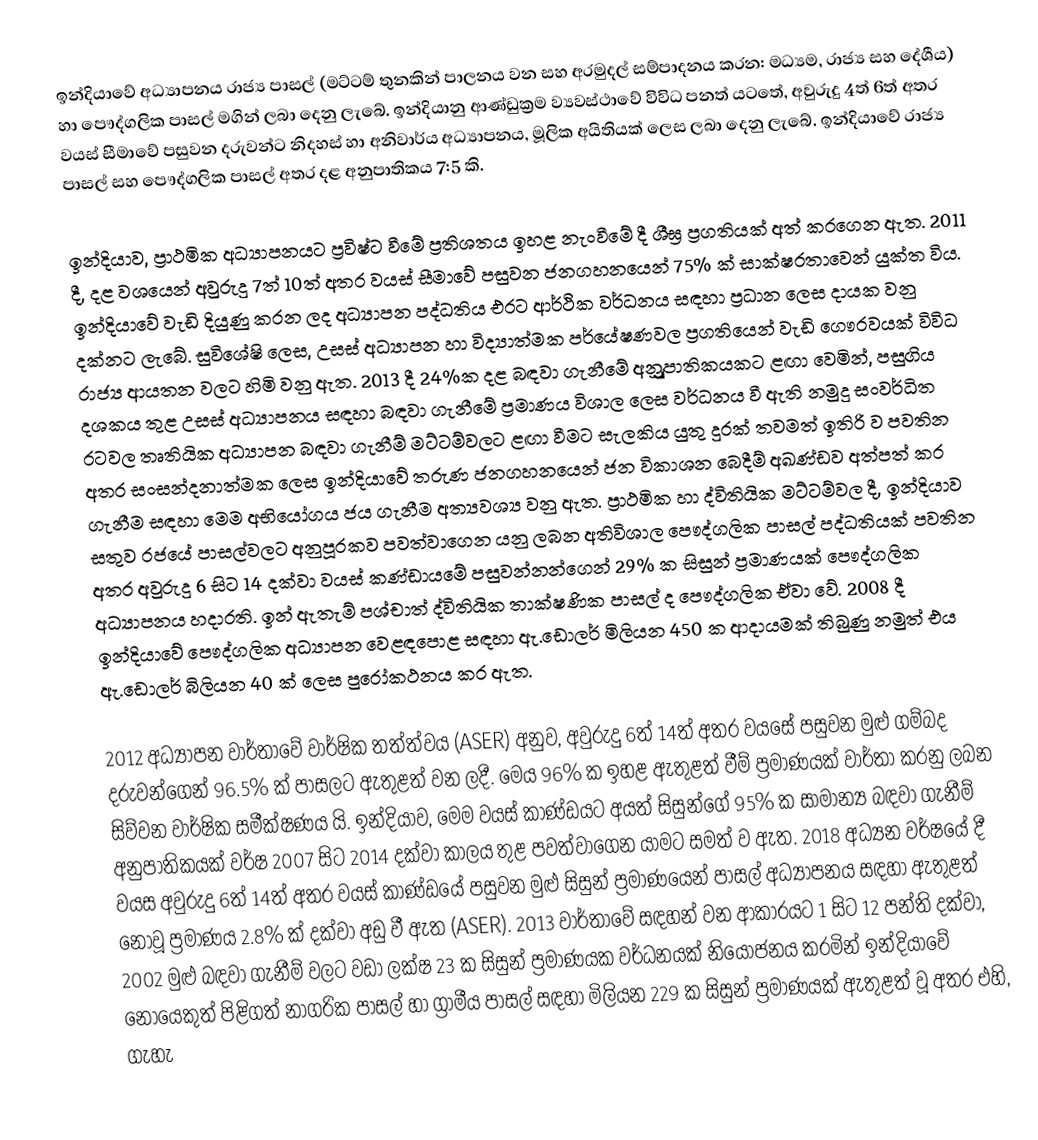
ඉන්දියාවේ අධ්‍යාපනය රාජ්‍ය පාසල් (මට්ටම් තුනකින් පාලනය වන සහ අරමුදල් සම්පාදනය කරන: මධ්‍යම, රාජ්‍ය සහ දේශීය) හා පෞද්ගලික පාසල් මගින් ලබා දෙනු ලැබේ. ඉන්දියානු ආණ්ඩුක්‍රම ව්‍යවස්ථාවේ විවිධ පනත් යටතේ, අවුරුදු 4ත් 6ත් අතර වයස් සීමාවේ පසුවන දරුවන්ට නිදහස් හා අනිවාර්ය අධ්‍යාපනය, මූලික අයිතියක් ලෙස ලබා දෙනු ලැබේ. ඉන්දියාවේ රාජ්‍ය පාසල් සහ පෞද්ගලික පාසල් අතර දළ අනුපාතිකය 7:5 කි.

ඉන්දියාව, ප්‍රාථමික අධ්‍යාපනයට ප්‍රවිෂ්ට වීමේ ප්‍රතිශතය ඉහළ නැංවීමේ දී ශීඝ්‍ර ප්‍රගතියක් අත් කර‍ගෙන ඇත. 2011 දී, දළ වශ‍යෙන් අවුරුදු 7ත් 10ත් අතර වයස් සීමාවේ පසුවන ජනගහන‍යෙන් 75% ක් සාක්ෂරතාවෙන් යුක්ත විය. ඉන්දියාවේ වැඩි දියුණු කරන ලද අධ්‍යාපන පද්ධතිය එරට ආර්ථික වර්ධනය සඳහා ප්‍රධාන ලෙස දායක වනු දක්නට ලැබේ.  සුවිශේෂි ලෙස, උසස් අධ්‍යාපන හා විද්‍යාත්මක පර්යේෂණවල ප්‍රගතියෙන් වැඩි ගෞරවයක් විවිධ රාජ්‍ය ආයතන වලට හිමි‍ වනු ඇත. 2013 දී 24%ක දළ බඳවා ගැනීමේ අනුුුුුුුුුුුුුුුුුුුුුුුුුුුුුපාතිකයකට ළඟා වෙමින්, පසුගිය දශකය තුළ උසස් අධ්‍යාපනය සඳහා බඳවා ගැනීමේ ප්‍රමාණය විශාල ලෙස වර්ධනය වී ඇති නමුදු සංවර්ධිත රටවල තෘතියික අධ්‍යාපන බඳවා ගැනීම් මට්ටම්වලට ළඟා වීමට සැලකිය යුතු දුරක් තවමත් ඉතිරි ව පවතින අතර සංසන්දනාත්මක ලෙස ඉන්දියාවේ තරුණ ජනගහනයෙන් ජන විකාශන බෙදීම් අඛණ්ඩව අත්පත් කර ගැනීම සඳහා මෙම අභියෝගය ජය ගැනීම අත්‍යවශ්‍ය වනු ඇත. ප්‍රාථමික හා ද්විතියික මට්ටම්වල දී, ඉන්දියාව සතුව රජයේ පාසල්වලට අනුපූරකව පවත්වාගෙන යනු ලබන අතිවිශාල පෞද්ගලික පාසල් පද්ධතියක් පවතින අතර අවුරුදු 6 සිට 14 දක්වා වයස් කණ්ඩායමේ පසුවන්නන්ගෙන් 29% ක සිසුන් ප්‍රමාණයක් පෞද්ගලික අධ්‍යාපනය හදාරති. ඉන් ඇතැම් පශ්චාත් ද්විතියික තාක්ෂණික පාසල් ද පෞද්ගලික ඒවා වේ. 2008 දී ඉන්දියාවේ පෞද්ගලික අධ්‍යාපන වෙළඳපොළ සඳහා ඇ.ඩොලර් මිලියන 450 ක ආදායමක් තිබුණු නමුත් එය ඇ.ඩොලර් බිලියන 40 ක් ලෙස පුරෝකථනය කර ඇත.

2012 අධ්‍යාපන වාර්තාවේ වාර්ෂික තත්ත්වය (ASER) අනුව, අවුරුදු 6ත් 14ත් අතර වයසේ පසුවන මුළු ගම්බද දරුවන්ගෙන් 96.5% ක් පාසලට ඇතුළත් වන ලදී. මෙය 96% ක ඉහළ ඇතුළත් වීම් ප්‍රමාණයක් වාර්තා කරනු ලබන සිව්වන වාර්ෂික සමීක්ෂණය යි. ඉන්දියාව, මෙම වයස් කාණ්ඩයට අයත් සිසුන්ගේ 95% ක සාමාන්‍ය බඳවා ගැනීම් අනුපාතිකයක් වර්ෂ 2007 සිට 2014 දක්වා කාලය තුළ පවත්වාගෙන යාමට සමත් ව ඇත. 2018 අධ්‍යන වර්ෂයේ දී වයස අවුරුදු 6ත් 14ත් අතර වයස් කාණ්ඩයේ පසුවන මුළු සිසුන් ප්‍රමාණයෙන් පාසල් අධ්‍යාපනය සඳහා ඇතුළත් නොවූ ප්‍රමාණය 2.8% ක් දක්වා අඩු වී ඇත (ASER). 2013 වාර්තාවේ සඳහන් වන ආකාරයට 1 සිට 12 පන්ති දක්වා, 2002 මුළු බඳවා ගැනීම් වලට වඩා ලක්ෂ 23 ක සිසුන් ප්‍රමාණයක වර්ධනයක් නියෝජනය කරමින් ඉන්දියාවේ නොයෙකුත් පිළිගත් නාගරික පාසල් හා ග්‍රාමීය පාසල් සඳහා මිලියන 229 ක සිසුන් ප්‍රමාණයක් ඇතුළත් වූ අතර එහි, ගැහැ